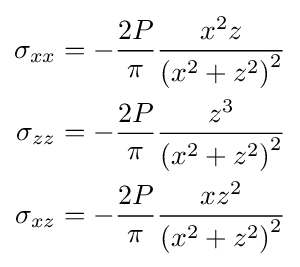
{\begin{aligned}\sigma _{xx}&=-{\frac {2P}{\pi }}{\frac {x^{2}z}{\left(x^{2}+z^{2}\right)^{2}}}\\\sigma _{zz}&=-{\frac {2P}{\pi }}{\frac {z^{3}}{\left(x^{2}+z^{2}\right)^{2}}}\\\sigma _{xz}&=-{\frac {2P}{\pi }}{\frac {xz^{2}}{\left(x^{2}+z^{2}\right)^{2}}}\end{aligned}}